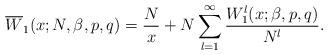
LaTeX: \begin{align*} \overline{W}_1(x;N,\beta,p,q) = {N\over x} + N \sum_{l=1}^\infty { W_1^{l}(x;\beta,p,q) \over N^l}. \end{align*}